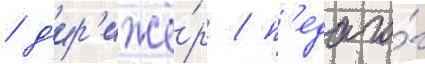
/ д'ир'ижё́р / п'едаго́г